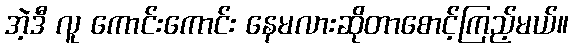
အဲ့ဒီ လူ ကောင်းကောင်း နေမလားဆိုတာစောင့်ကြည့်မယ်။